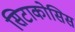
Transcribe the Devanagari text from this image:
सिटाकोसिस